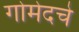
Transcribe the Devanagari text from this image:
गोमेदचे